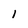
Character: l